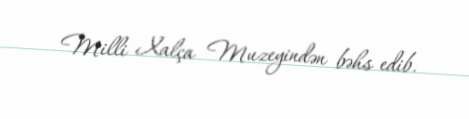
Milli Xalça Muzeyindən bəhs edib.